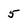
Character: 5